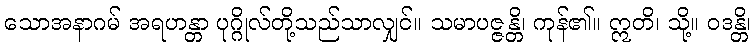
သောအနာဂမ် အရဟန္တာ ပုဂ္ဂိုလ်တို့သည်သာလျှင်။ သမာပဇ္ဇန္တိ၊ ကုန်၏။ ဣတိ၊ သို့။ ဝဒန္တိ၊